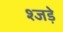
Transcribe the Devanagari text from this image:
श्जड़े